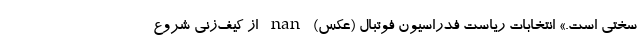
سختی است.» انتخابات ریاست فدراسیون فوتبال (عکس) nan از کیف‌زنی شروع